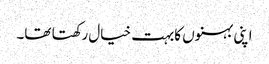
اپنی بہنوں کابہت خیال رکھتا تھا۔